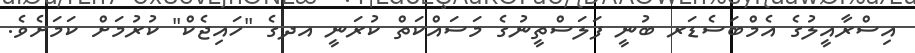
އިސްރާއީލުގެ އެމްބަސެޑަރ ބުނީ ފަލަސްތީނުގެ މަސައްކަތް ކުރަނީ އދގެ "ހައިޖެކް" ކުރުމަށް ކަމަށެވެ.